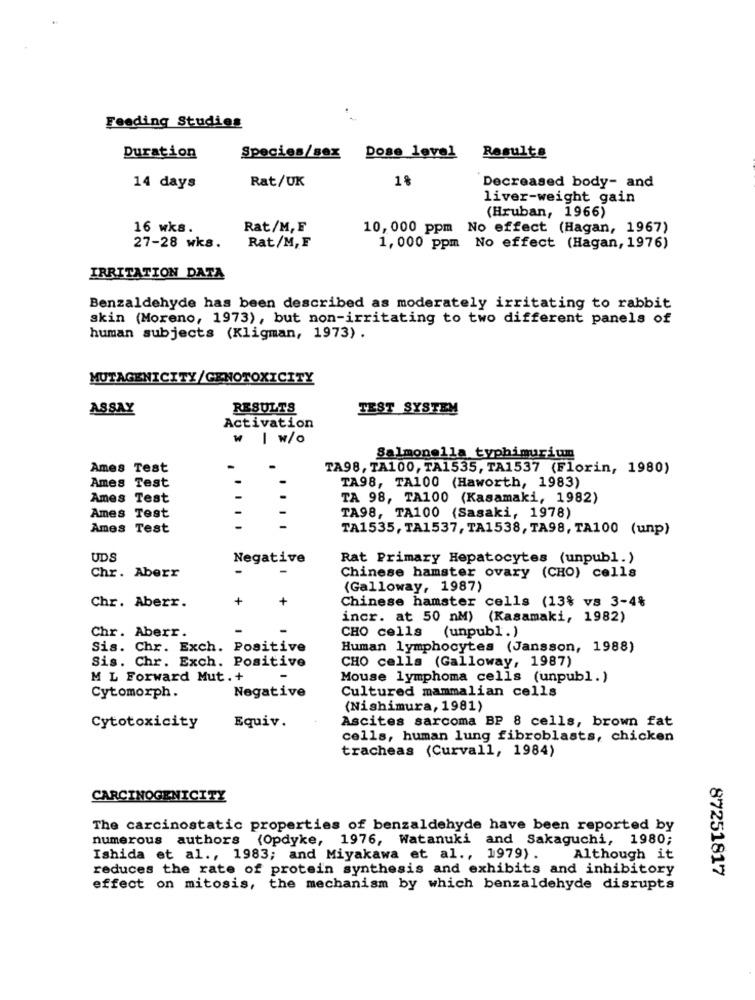
Feeding Studies
Duration
Species/sex
Dose 10vel
Results
1%
14 days
Rat/UK
Decreased body- and
liver-weight gain
(Hruban, 1966)
16 wks.
Rat/M,F
10, 000 ppm No effect (Hagan, 1967)
27-28 wks.
Rat/M,F
1, 000 ppm No effect (Hagan, 1976)
IRRITATION DATA
Benzaldehyde has been described as moderately irritating to rabbit
skin (Moreno, 1973), but non-irritating to two different panels of
human subjects (Kligman, 1973) .
MUTAGENICITY/GENOTOXICITY
ASSAY
RESULTS
TEST SYSTEM
Activation
w |W/O
Salmonella typhimurium
Ames Test
-
TA98, TA100, TA1535, TA1537 (Florin, 1980)
Ames Test
TA98, TA100 (Haworth, 1983)
Ames Test
TA 98, TA100 (Kasamaki, 1982)
Ames Test
-
TA98, TA100 (Sasaki, 1978)
Ames Test
-
TA1535, TA1537, TA1538, TA98, TA100 (unp)
UDS
Negative
Rat Primary Hepatocytes (unpubl.)
Chr. Aberr
Chinese hamster ovary (CHO) cells
(Galloway, 1987)
+
+
Chinese hamster cells (13% vs 3-4%
Chr. Aberr.
incr. at 50 nM) (Kasamaki, 1982)
Chr. Aberr.
-
CHO cells (unpubl.)
Sis. Chr. Exch. Positive
Human lymphocytes (Jansson, 1988)
Sis. Chr. Exch. Positive
CHO cells (Galloway, 1987)
M L Forward Mut . +
-
Mouse lymphoma cells (unpubl.)
Cultured mammalian cells
Cytomorph.
Negative
(Nishimura, 1981)
Ascites sarcoma BP 8 cells, brown fat
Cytotoxicity
Equiv.
cells, human lung fibroblasts, chicken
tracheas (Curvall, 1984)
CARCINOGENICITY
The carcinostatic properties of benzaldehyde have been reported by
numerous authors {Opdyke, 1976, Watanuki and Sakaguchi, 1980;
Ishida et al ., 1983; and Miyakawa et al ., 1979) .
Although it
reduces the rate of protein synthesis and exhibits and inhibitory
87251817
effect on mitosis, the mechanism by which benzaldehyde disrupts